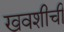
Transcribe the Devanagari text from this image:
खवशीची